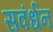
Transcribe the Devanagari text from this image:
सवंर्धन